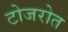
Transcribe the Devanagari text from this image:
टोजरोत